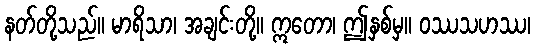
နတ်တို့သည်။ မာရိသာ၊ အချင်းတို့။ ဣတော၊ ဤနှစ်မှ။ ဝဿသဟဿ၊